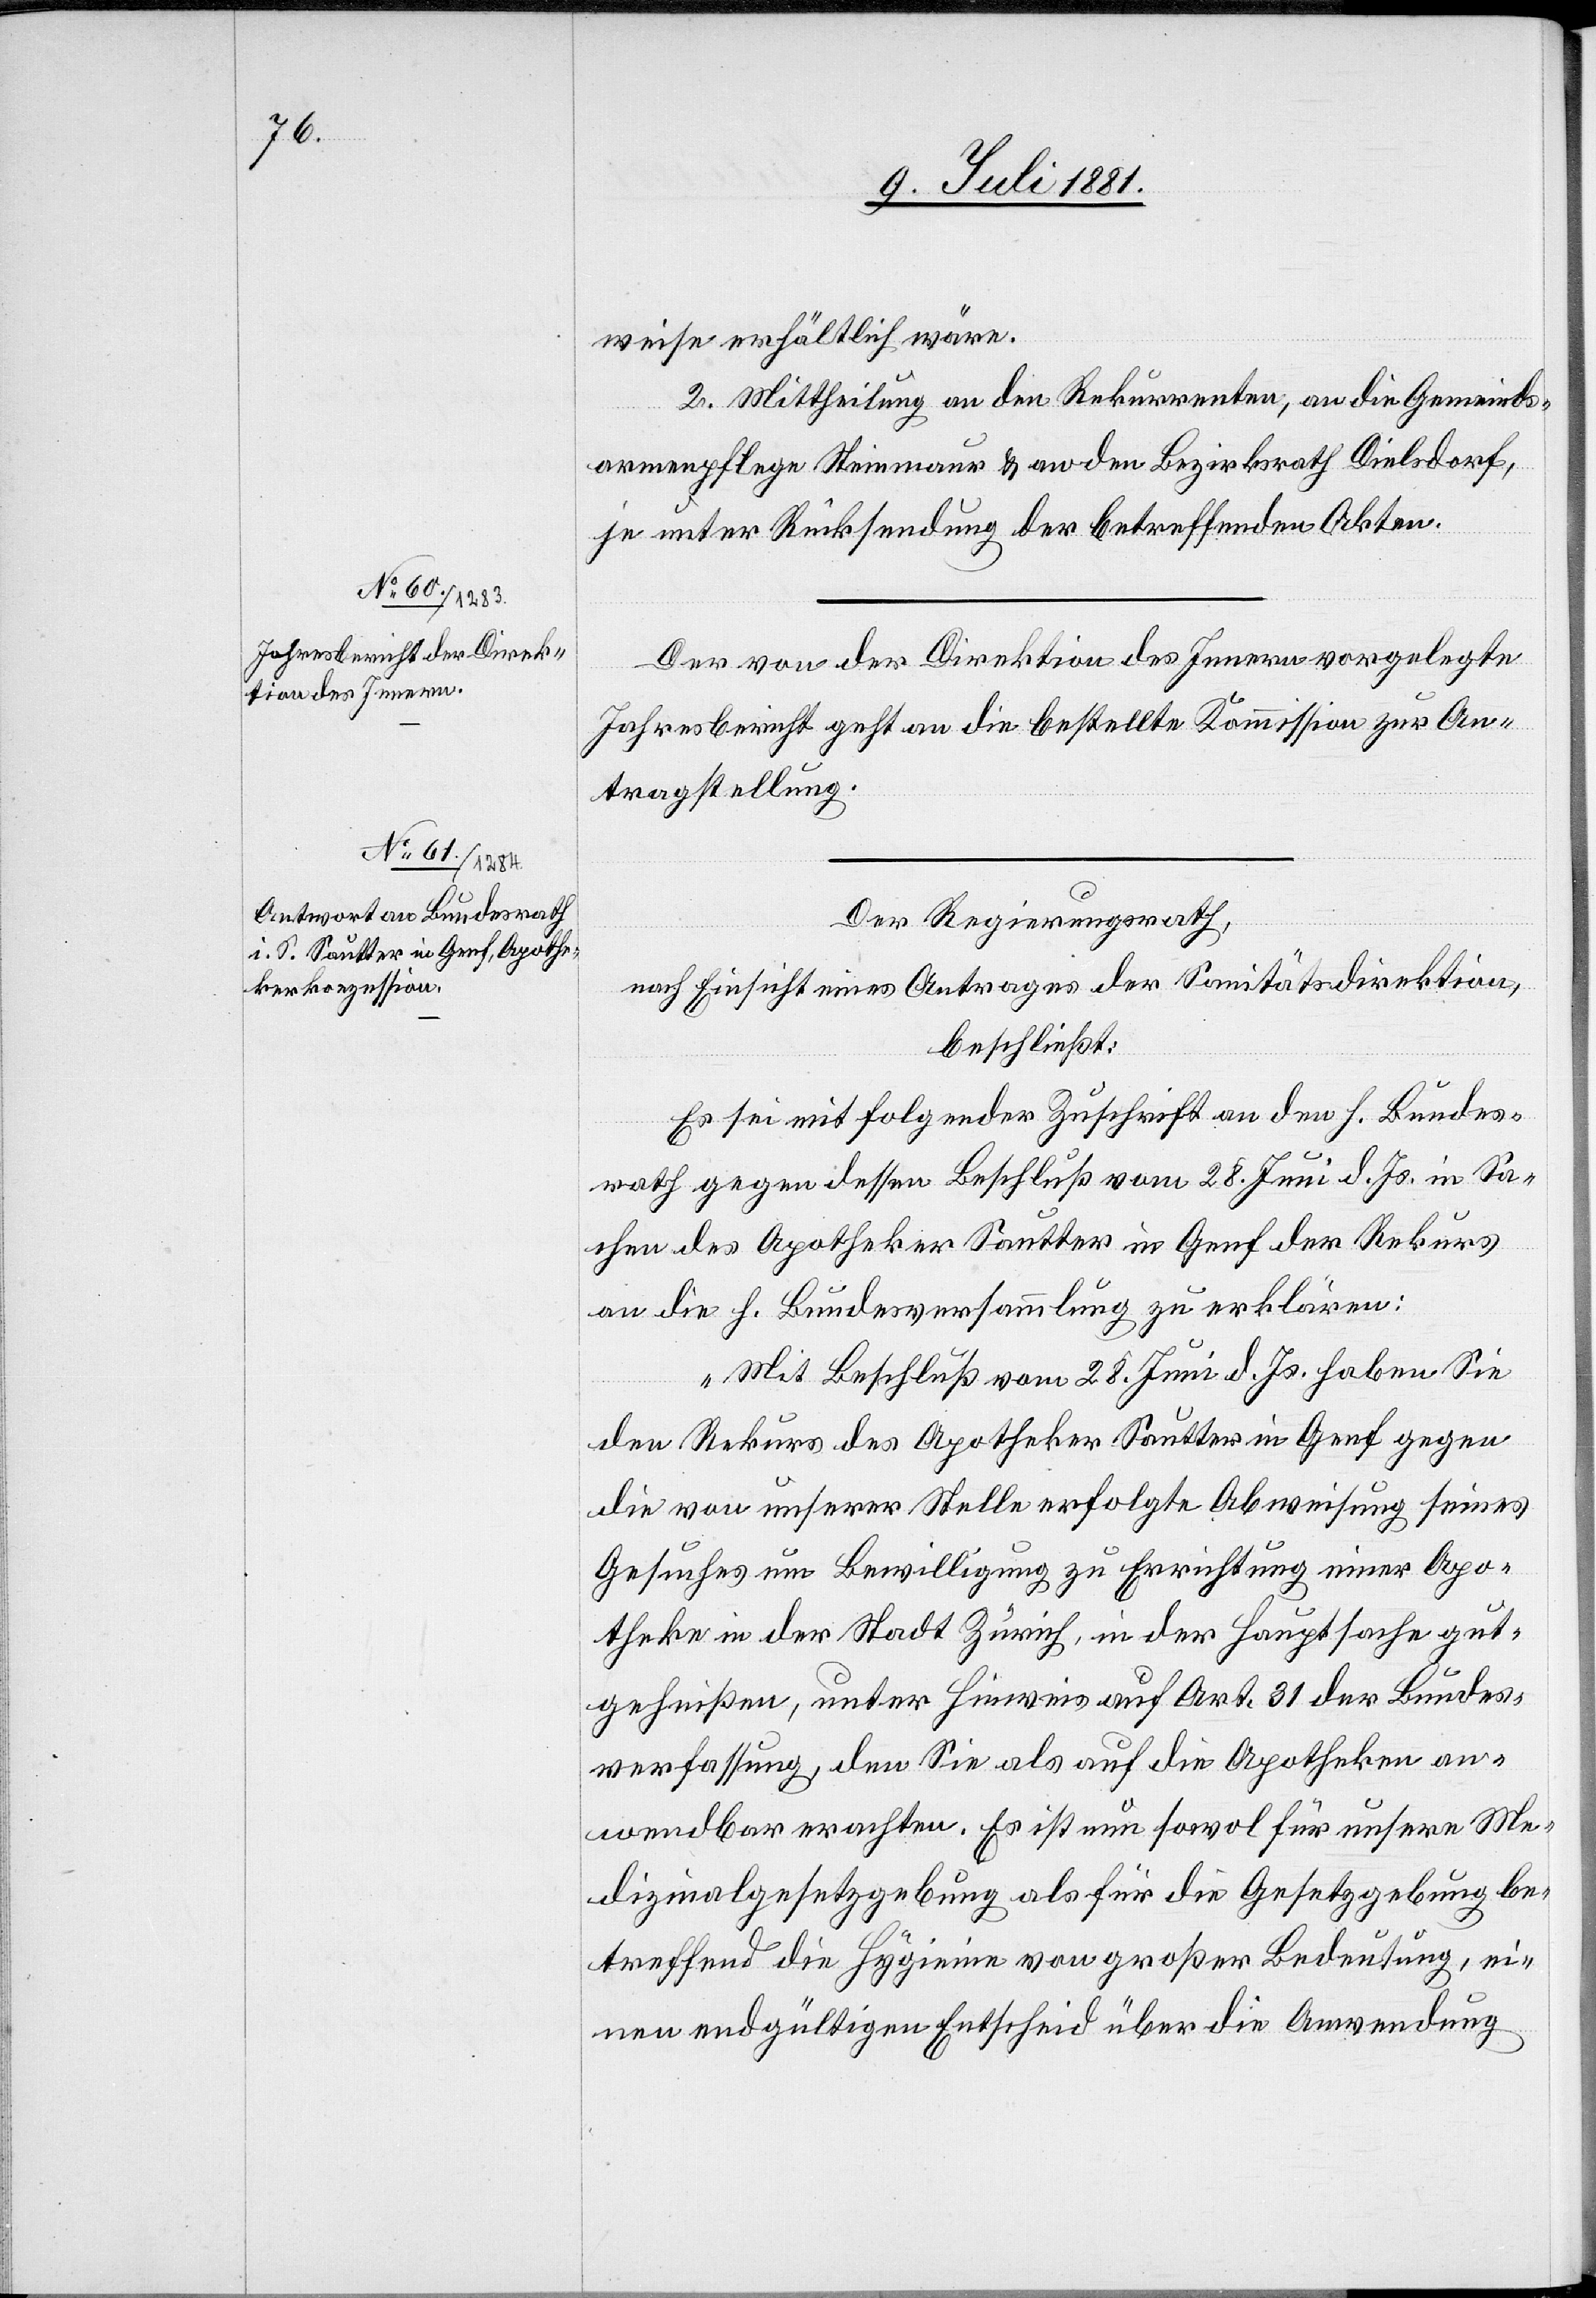
weise erhältlich wäre.
2. Mittheilung an die Rekurrenten, an die Gemeinds¬
armenpflege Steinmaur & an den Bezirksrath Dielsdorf,
je unter Rücksendung der betreffenden Akten.
Der von der Direktion des Innern vorgelegte
Jahresbericht geht an die bestellte Kommission zur An¬
tragsstellung.
Der Regierungsrath,
nach Einsicht eines Antrages der Sanitätsdirektion,
beschließt:
Es sei mit folgender Zuschrift an den h. Bundes¬
rath gegen dessen Beschluß vom 28. Juni d. Js. in Sa¬
chen des Apotheker Sautter in Genf der Rekurs
an die h. Bundesversammlung zu erklären:
„Mit Beschluß vom 28. Juni d. Js. haben Sie
den Rekurs des Apotheker Sautter in Genf gegen
die von unserer Stelle erfolgte Abweisung seines
Gesuches um Bewilligung zu Errichtung einer Apo¬
theke in der Stadt Zürich, in der Hauptsache gut¬
geheißen, unter Hinweis auf Art. 31 der Bundes¬
verfassung, den Sie als auf die Apotheken an¬
wendbar erachten. Es ist nun sowol für unsere Me¬
dizinalgesetzgebung als für die Gesetzgebung be¬
treffend die Hygienie von großer Bedeutung, ei¬
nen endgültigen Entscheid über die Anwendung